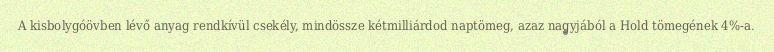
A kisbolygóövben lévő anyag rendkívül csekély, mindössze kétmilliárdod naptömeg, azaz nagyjából a Hold tömegének 4%-a.